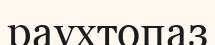
раухтопаз